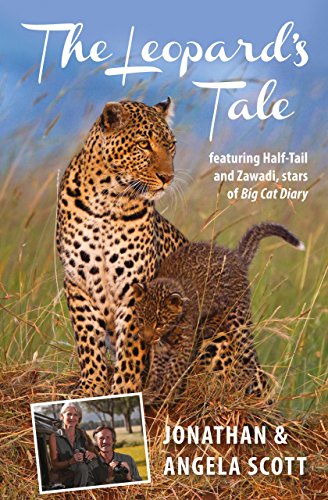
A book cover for Leopard's Tale: Featuring Half-Tail And Zawadi, Stars Of Big Cat Diary (Bradt Travel Narratives); Jonathan Scott; Travel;